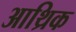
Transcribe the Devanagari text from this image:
आथ्रिक